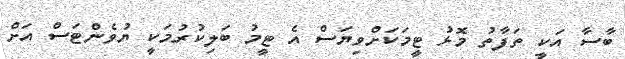
ބާސާ އަކީ ތަފާތު މޮޅު ޓީމަކަށްވިޔަސް އެ ޓީމު ބަލިކުރުމަކީ ޔުވެންޓަސް އަށް